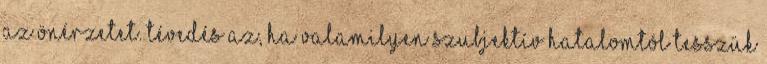
az önérzetet. Tévedés az, ha valamilyen szubjektív hatalomtól tesszük